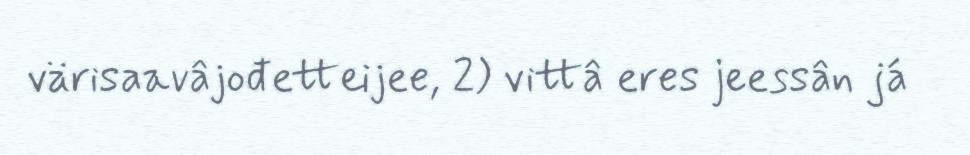
värisaavâjođetteijee, 2) vittâ eres jeessân já